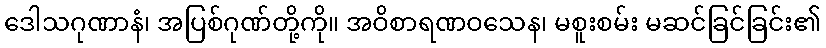
ဒေါသဂုဏာနံ၊ အပြစ်ဂုဏ်တို့ကို။ အဝိစာရဏဝသေန၊ မစူးစမ်း မဆင်ခြင်ခြင်း၏